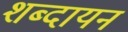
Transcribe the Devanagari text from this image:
शब्दायन